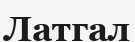
Латгал